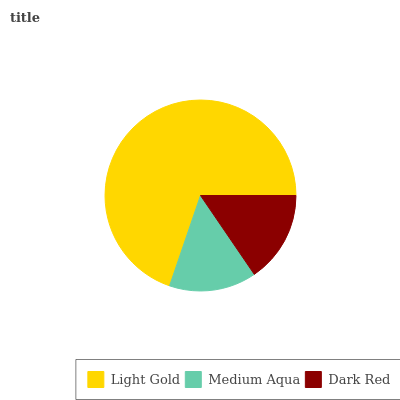
| Light Gold | Medium Aqua | Dark Red |
 | --- | --- | --- |
 | 69.7% | 14.8% | 15.5% |